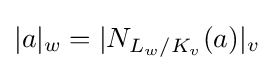
|a|_{w}=|N_{L_{w}/K_{v}}(a)|_{v}